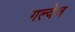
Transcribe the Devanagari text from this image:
गल्वेज